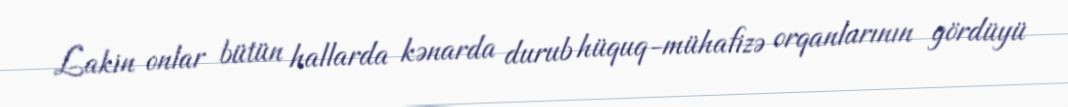
Lakin onlar bütün hallarda kənarda durub hüquq-mühafizə orqanlarının gördüyü